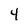
Character: 4